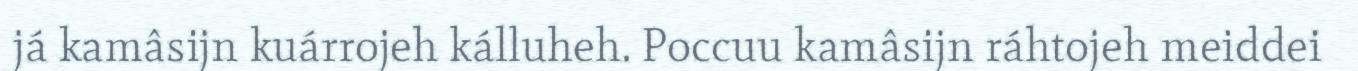
já kamâsijn kuárrojeh kálluheh. Poccuu kamâsijn ráhtojeh meiddei